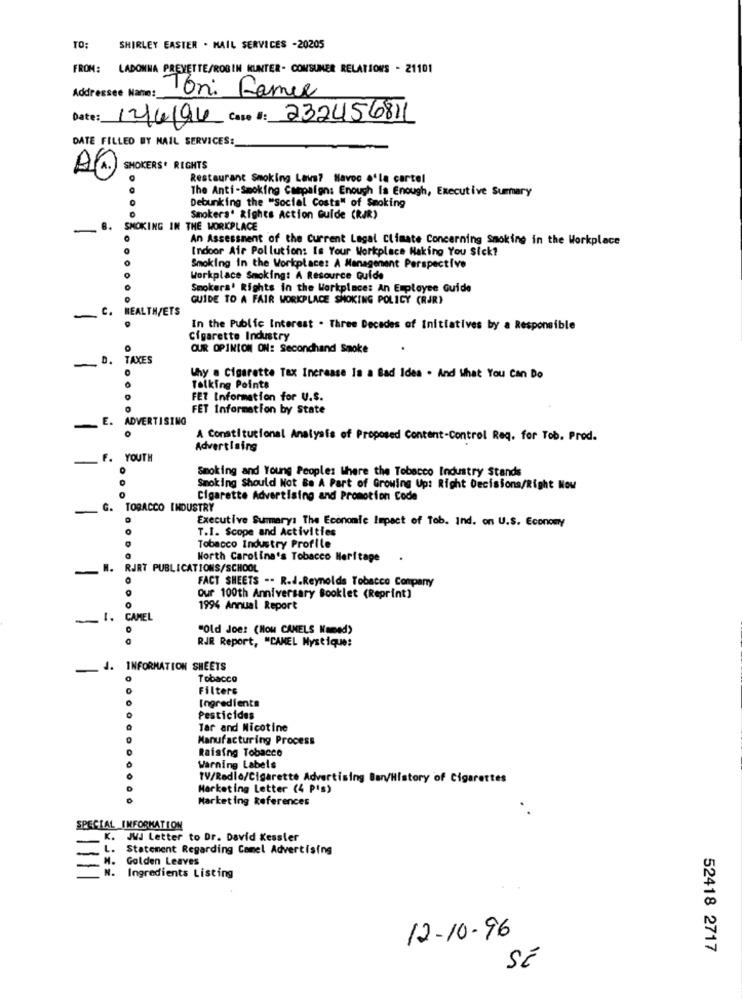
TO:
SHIRLEY EASTER . MAIL SERVICES -20205
FROM:
LADONNA PREVETTE/ROBIN KUNTER- CONSUMER RELATIONS - 21101
Addressee Name:
Ton: Famee
Date:
12/4/96 Care #: 232456811
DATE FILLED BY MAIL SERVICES:
Q(A.) SMOKERS' RIGHTS
Restaurant Smoking Lavs? Havoc .'la cartel
The Anti-Smoking Campaign: Enough is Enough, Executive Summary
Debunking the "Social Costs" of Smoking
Smokers' Rights Action Guide (RAR)
8. SMOKING IN THE WORKPLACE
An Assessment of the Current Legal Climate Concerning Smoking in the Workplace
Indoor Air Pollution: Is Your Workplace Making You Sick?
Smoking in the Workplace: A Management Perspective
Workplace Smoking: A Resource Guide
Smokera' Rights in the Workplace: An Employee Guide
GUIDE TO A FAIR WORKPLACE SMOKING POLICY (RJR)
~ C. HEALTH/ETS
In the Public Interest . Three Decades of Initiatives by a Responsible
Cigarette Industry
OUR OPINION ON: Secondhand Smoke
D. TAXES
Why a Cigarette Tax Increase Is a Bad Idea . And What You Can Do
Talking Points
FET Information for U.S.
FET Information by State
E. ADVERTISING
A Constitutional Analysis of Proposed Content-Control Req. for Tob. Prod.
Advertising
F. YOUTH
Smoking and Young Peoples Where the Tobacco Industry Stands
Smoking Should Not Be A Part of Growing Up: Right Decisions/Right Now
Cigarette Advertising and Promotion Code
G.
TOBACCO INDUSTRY
Executive Summary: The Economic Impact of Tob. Ind. on U.S. Economy
T.I. Scope and Activities
Tobacco Industry Profile
North Carolina's Tobacco Meritage .
H. RURT PUBLICATIONS/SCHOOL
FACT SHEETS -- R.J.Reynolds Tobacco Company
our 100th Anniversary Booklet (Reprint)
1994 Annual Report
1. CAMEL
"Old Joe: (How CANELS Named)
RJR Report, "CAMEL Mystique:
- J. INFORMATION SHEETS
Tobacco
Filters
Ingredients
Pesticides
Tar and Nicotine
Manufacturing Process
Raising Tobacco
Warning Labels
TV/Radio/Cigarette Advertising Ban/History of Cigarettes
Marketing Letter (4 Pis)
Marketing References
SPECIAL INFORMATION
K. JWJ Letter to Dr. David Kessler
Statement Regarding Camel Advertising
. Golden Leaves
N.
Ingredients Listing
12-10-96
52418 2717
Sí